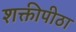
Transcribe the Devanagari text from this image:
शक्तीपीठा